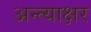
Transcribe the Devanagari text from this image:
अन्त्याक्षर